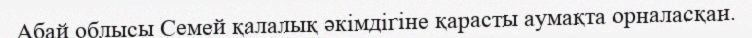
Абай облысы Семей қалалық әкімдігіне қарасты аумақта орналасқан.